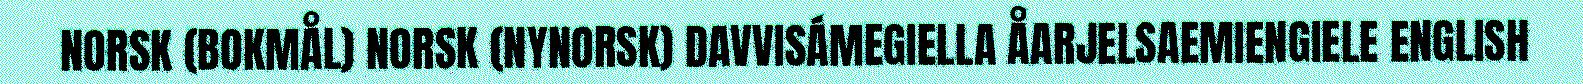
NORSK (BOKMÅL) NORSK (NYNORSK) DAVVISÁMEGIELLA ÅARJELSAEMIENGIELE ENGLISH